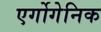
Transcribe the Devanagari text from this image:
एर्गोगेनिक